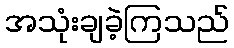
အသုံးချခဲ့ကြသည်